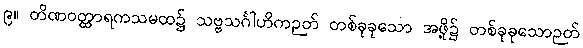
၉။ တိဏဝတ္ထာရကသမထ၌ သဗ္ဗသင်္ဂါဟိကဉတ် တစ်ခုခုသော အဖို့၌ တစ်ခုခုသောဉတ်